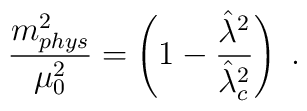
\frac {m^2_{phys}} {\mu_0^2} = \left(1- \frac { {{\hat{\lambda}^2}}}{{{\hat{\lambda}}^2_c}} \right) \; .